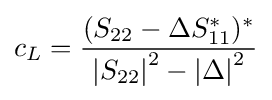
c_{L}={\frac {(S_{22}-\Delta S_{11}^{*})^{*}}{\left|S_{22}\right|^{2}-\left|\Delta \right|^{2}}}